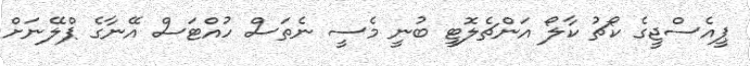
ޕީއެސްޖީގެ ކޯޗު ކާލޯ އަންޗެލޮޓީ ބުނީ މެސީ ނެތަސް ހުއްޓަސް އޭނާގެ ޕްލޭނަށް